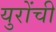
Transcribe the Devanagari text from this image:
युरोंची